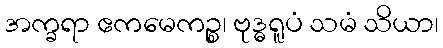
အက္ခရာ ဧကမေကဉ္စ၊ ဗုဒ္ဓရူပံ သမံ သိယာ၊